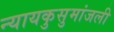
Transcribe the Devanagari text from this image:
न्यायकुसुमांजली